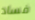
فساد